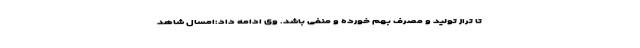
تا تراز تولید و مصرف بهم خورده و منفی باشد. وی ادامه داد:امسال شاهد